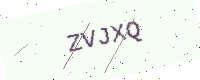
Text: ZVJXQ